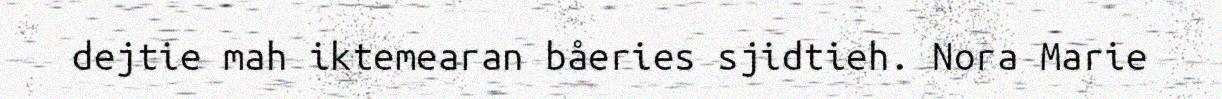
dejtie mah iktemearan båeries sjidtieh. Nora Marie